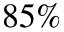
8 5 \%